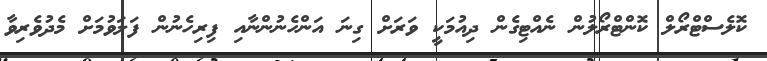
ކޮލެސްޓްރޯލް ކޮންޓްރޯލުން ނެއްޓިގެން ދިއުމަކީ ވަރަށް ގިނަ އަންހެނުންނާއި ފިރިހެނުން ފަލަވުމަށް މެދުވެރިވާ